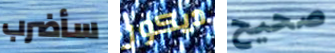
سأضرب ديكور صحيح